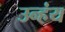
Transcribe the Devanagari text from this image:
उन्हंय